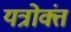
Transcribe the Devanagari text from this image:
यत्रोक्तं